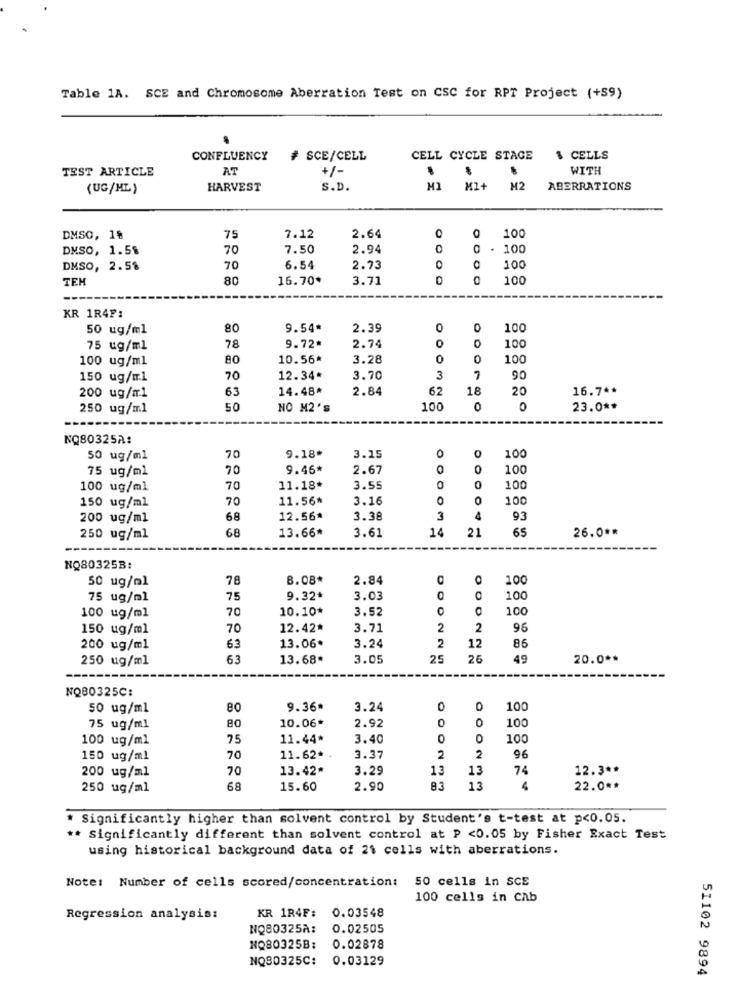
Table 1A. SCE and Chromosome Aberration Test on CSC for RPT Project (+59)
CONFLUENCY
# SCE/CELL
CELL CYCLE STAGE
CELLS
TEST ARTICLE
AT
+/-
WITH
(UG/ML )
HARVEST
S.D.
M1 M2+ M2
ABERRATIONS
DMSO, 18
75
7.12
2.64
O
100
DMSO, 1.5%
70
7.50
2.94
0
100
DMSO, 2.58
70
6.54
2.73
0
100
TEM
80
16.70*
3.71
0
100
KR 1R4F:
50 ug/ml
80
9.54*
2.39
0
100
0
75 ug/ml
78
9.72*
2.74
100
100 ug/ml
80
10.56*
3.28
0
100
150 ug/m1
70
12.34*
3.70
3
7
90
63
14.48*
2.84
62
18
20
16.7 **
200 ug/m1
250 ug/ml
50
NO M2's
100
0
0
23.0 **
NQ80325A:
0
0
50 ug/ml
70
9.18*
3.15
100
75 ug/ml
70
9.46*
2.67
0
0
100
100 ug/ml
70
11.18*
3.55
0
0
100
150 ug/ml
70
11.56*
3.16
0
0
100
200 ug/ml
68
12.56*
3.38
3
4
93
68
13.66*
14
65
26.0 **
250 ug/ml
3.61
21
NO80325B
50 ug/ml
78
8.08*
2.84
D
O
100
75 ug/ml
75
9.32+
3.03
0
100
100 ug/ml
70
10.10*
3.52
100
150 ug/ml
70
12.42*
3.71
2
2
96
13.06
200 ug/ml
63
3.24
2
12
86
250 ug/ml
63
13.68*
3.05
25
26
49
20.0 **
NO80325C:
50 ug/ml
80
9.36*
3.24
0
100
10.06*
0
75 ug/ml
80
2.92
OO
100
100 ug/ml
75
11.44*
3.40
0
100
150 ug/ml
70
11.62*
3.37
2
2
96
200 ug/ml
70
13.42*
3.29
13
13
74
12.3 **
250 ug/ml
68
15.60
2.90
83
13
4
22.0 **
* Significantly higher than solvent control by Student's t-test at p<0.05.
** Significantly different than solvent control at P <0.05 by Fisher Exact Test
using historical background data of 21 cells with aberrations.
Note: Number of cells scored/concentration: 50 cells in SCE
100 cells in cab
KR 1R4F:
Regression analysis:
0.03548
NQ80325A:
0.02505
NO80325B:
0.02878
NQ80325C:
0.03129
51102 9894